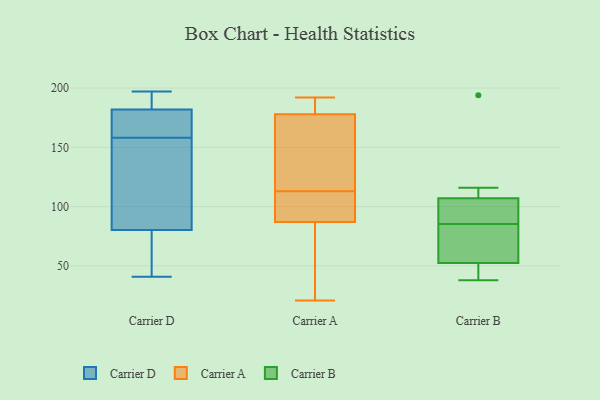
{"axis": {"x": "LTV (USD)", "y": "Value"}, "legend": ["Carrier A", "Carrier B", "Carrier D"], "data": [{"x": "", "y": 194, "type": "Carrier D"}, {"x": "", "y": 41, "type": "Carrier D"}, {"x": "", "y": 161, "type": "Carrier D"}, {"x": "", "y": 160, "type": "Carrier D"}, {"x": "", "y": 158, "type": "Carrier D"}, {"x": "", "y": 118, "type": "Carrier D"}, {"x": "", "y": 197, "type": "Carrier D"}, {"x": "", "y": 178, "type": "Carrier D"}, {"x": "", "y": 196, "type": "Carrier D"}, {"x": "", "y": 137, "type": "Carrier D"}, {"x": "", "y": 82, "type": "Carrier D"}, {"x": "", "y": 73, "type": "Carrier D"}, {"x": "", "y": 75, "type": "Carrier D"}, {"x": "", "y": 90, "type": "Carrier A"}, {"x": "", "y": 178, "type": "Carrier A"}, {"x": "", "y": 176, "type": "Carrier A"}, {"x": "", "y": 110, "type": "Carrier A"}, {"x": "", "y": 33, "type": "Carrier A"}, {"x": "", "y": 21, "type": "Carrier A"}, {"x": "", "y": 187, "type": "Carrier A"}, {"x": "", "y": 174, "type": "Carrier A"}, {"x": "", "y": 116, "type": "Carrier A"}, {"x": "", "y": 107, "type": "Carrier A"}, {"x": "", "y": 43, "type": "Carrier A"}, {"x": "", "y": 192, "type": "Carrier A"}, {"x": "", "y": 87, "type": "Carrier A"}, {"x": "", "y": 187, "type": "Carrier A"}, {"x": "", "y": 80, "type": "Carrier B"}, {"x": "", "y": 39, "type": "Carrier B"}, {"x": "", "y": 91, "type": "Carrier B"}, {"x": "", "y": 116, "type": "Carrier B"}, {"x": "", "y": 64, "type": "Carrier B"}, {"x": "", "y": 106, "type": "Carrier B"}, {"x": "", "y": 38, "type": "Carrier B"}, {"x": "", "y": 45, "type": "Carrier B"}, {"x": "", "y": 108, "type": "Carrier B"}, {"x": "", "y": 194, "type": "Carrier B"}, {"x": "", "y": 60, "type": "Carrier B"}, {"x": "", "y": 94, "type": "Carrier B"}]}